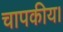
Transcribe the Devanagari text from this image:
चापकीय।